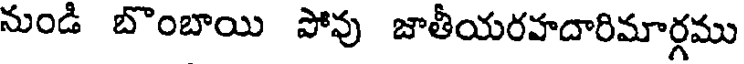
నుండి బొంబాయి పోవు జాతీయరహదారిమార్గము